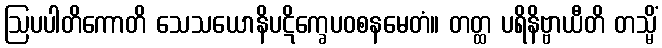
ဩပပါတိကောတိ သေသယောနိပဋိက္ခေပဝစနမေတံ။ တတ္ထ ပရိနိဗ္ဗာယီတိ တသ္မိံ